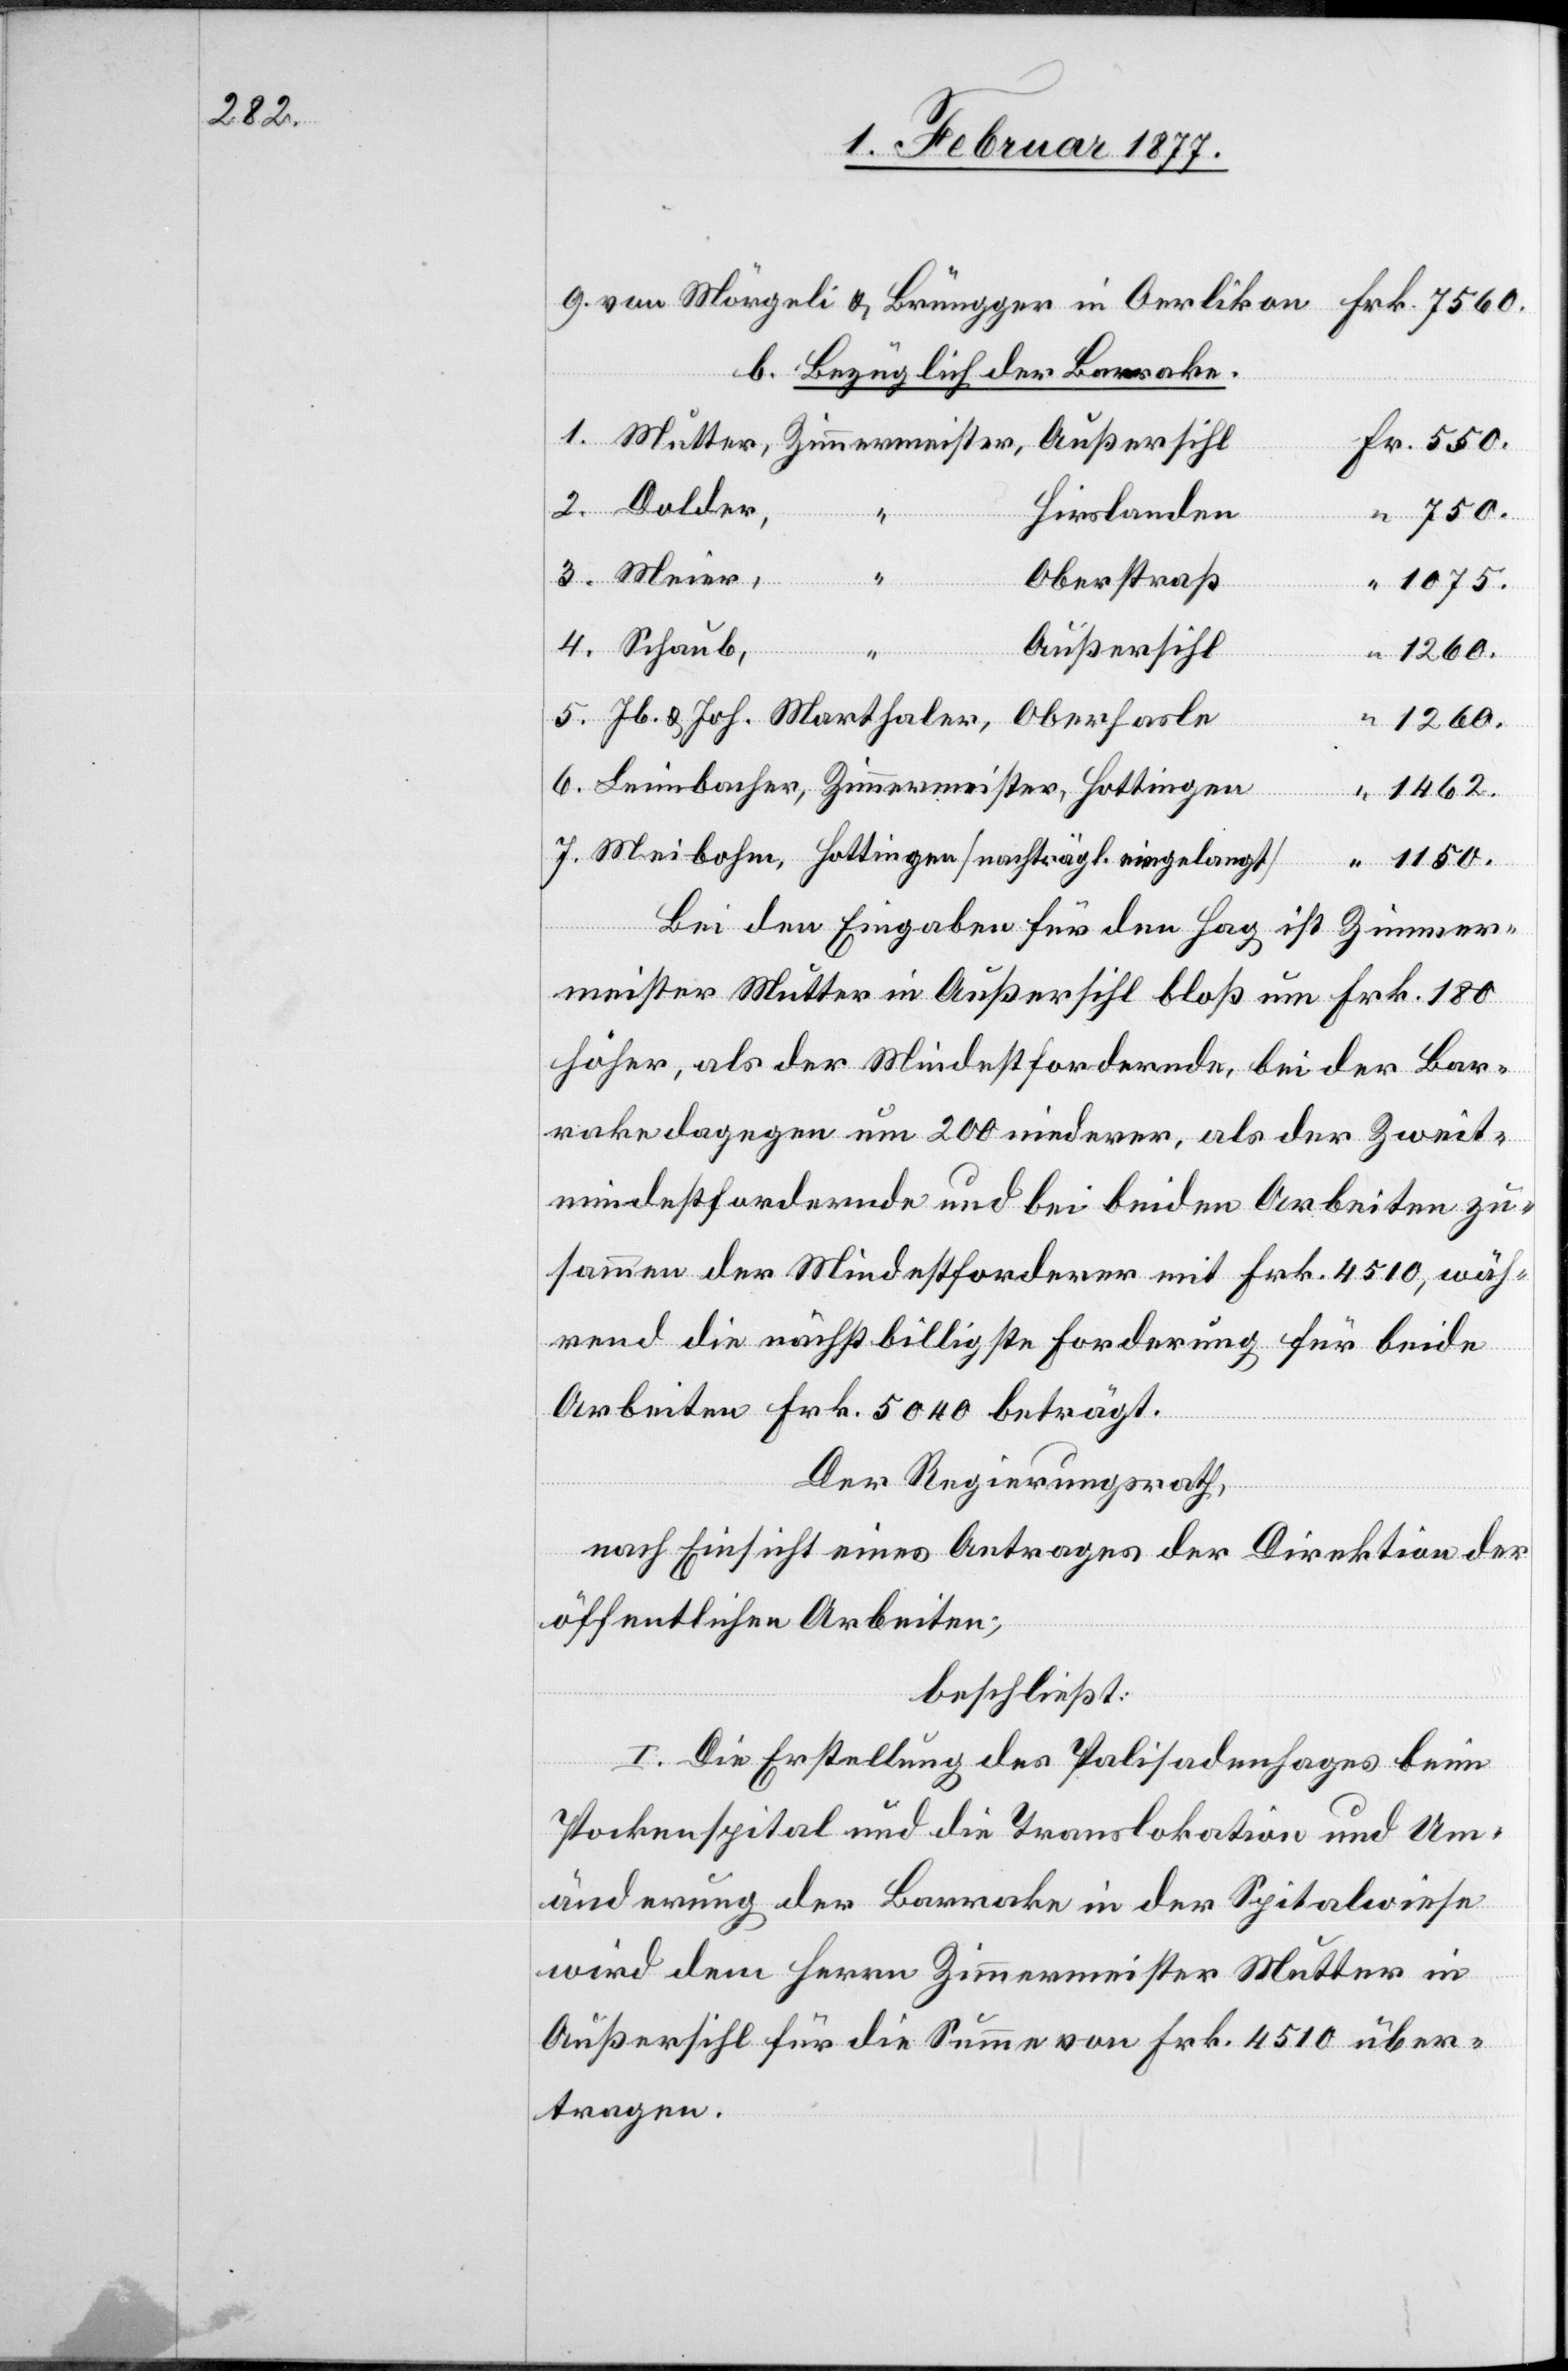
b. Bezüglich der Barrake
750.
Hirslanden
Oberstraß
“
1075.
Außersihl
eingelegt]
1260.
1462.
1150.
Joh.
Bei den Eingaben für den Hag ist Zimmer¬
meister Mutter in Außersihl bloß um Frk. 180
höher, als der Mindestfordernde, bei der Bar¬
rake dagegen um 200 niederer, als der Zweit¬
niederstfordernde und bei beiden Arbeiten zu¬
sammen der Mindestforderer mit Frk. 4510, wäh¬
rend die nächstbilligste Forderung für beide
Arbeiten Frk. 5040 beträgt.
Der Regierungsrath,
nach Einsicht eines Antrages der Direktion der
öffentlichen Arbeiten,
beschließt:
I. Die Erstellung des Palisadenhages beim
Pockenspital und die Translokation und Um¬
änderung der Barrake in der Spitalwiese
wird dem Herrn Zimmermeister Mutter in
Außersihl für die Summe von Frk. 4510 über¬
tragen.